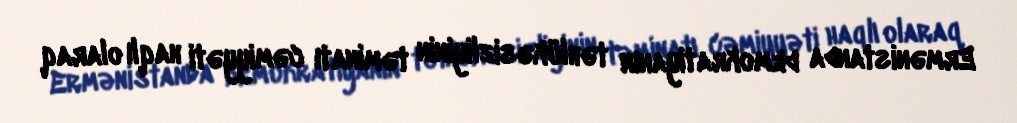
Ermənistanda demokratiyanın təhlükəsizliyinin təminatı cəmiyyəti haqlı olaraq